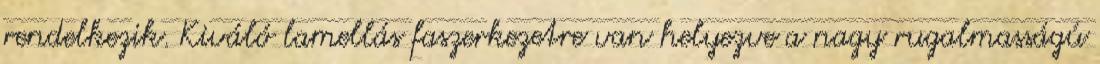
rendelkezik. Kiváló lamellás faszerkezetre van helyezve a nagy rugalmasságú